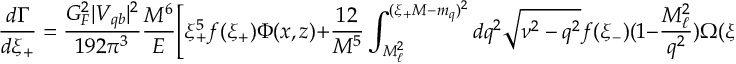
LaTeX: \frac { d \Gamma } { d \xi _ { + } } = \frac { G _ { F } ^ { 2 } | V _ { q b } | ^ { 2 } } { 1 9 2 \pi ^ { 3 } } \frac { M ^ { 6 } } { E } \Bigg [ \xi _ { + } ^ { 5 } f ( \xi _ { + } ) \Phi ( x , z ) + \frac { 1 2 } { M ^ { 5 } } \int _ { M _ { \ell } ^ { 2 } } ^ { ( \xi _ { + } M - m _ { q } ) ^ { 2 } } d q ^ { 2 } \sqrt { \nu ^ { 2 } - q ^ { 2 } } f ( \xi _ { - } ) ( 1 - \frac { M _ { \ell } ^ { 2 } } { q ^ { 2 } } ) \Omega ( \xi _ { + } , q ^ { 2 } ) \Bigg ]